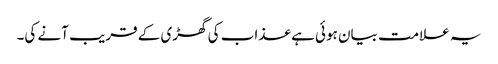
یہ علامت بیان ہوئی ہے عذاب کی گھڑی کے قریب آنے کی۔